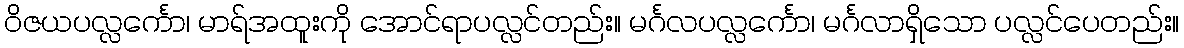
ဝိဇယပလ္လင်္ကော၊ မာရ်အထူးကို အောင်ရာပလ္လင်တည်း။ မင်္ဂလပလ္လင်္ကော၊ မင်္ဂလာရှိသော ပလ္လင်ပေတည်း။